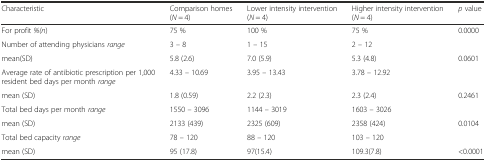
<table><thead><tr><td><b>Characteristic</b></td><td><b>Comparison homes (<i>N</i> = 4)</b></td><td><b>Lower intensity intervention (<i>N</i> = 4)</b></td><td><b>Higher intensity intervention (<i>N</i> = 4)</b></td><td><b><i>p</i> value</b></td></tr></thead><tbody><tr><td>For profit <i>%(n</i>)</td><td>75 %</td><td>100 %</td><td>75 %</td><td>0.0000</td></tr><tr><td>Number of attending physicians <i>range</i></td><td>3 – 8</td><td>1 – 15</td><td>2 – 12</td><td></td></tr><tr><td>mean(SD)</td><td>5.8 (2.6)</td><td>7.0 (5.9)</td><td>5.3 (4.8)</td><td>0.0601</td></tr><tr><td>Average rate of antibiotic prescription per 1,000 resident bed days per month <i>range</i></td><td>4.33 – 10.69</td><td>3.95 – 13.43</td><td>3.78 – 12.92</td><td></td></tr><tr><td>mean (SD)</td><td>1.8 (0.59)</td><td>2.2 (2.3)</td><td>2.3 (2.4)</td><td>0.2461</td></tr><tr><td>Total bed days per month <i>range</i></td><td>1550 – 3096</td><td>1144 – 3019</td><td>1603 – 3026</td><td></td></tr><tr><td>mean (SD)</td><td>2133 (439)</td><td>2325 (609)</td><td>2358 (424)</td><td>0.0104</td></tr><tr><td>Total bed capacity <i>range</i></td><td>78 – 120</td><td>88 – 120</td><td>103 – 120</td><td></td></tr><tr><td>mean (SD)</td><td>95 (17.8)</td><td>97(15.4)</td><td>109.3(7.8)</td><td>&lt;0.0001</td></tr></tbody></table>